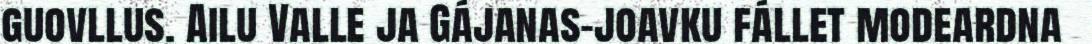
guovllus. Ailu Valle ja Gájanas-joavku fállet modeardna